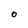
Character: o